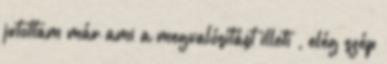
jutottam már ami a megvalósítást illeti , elég szép